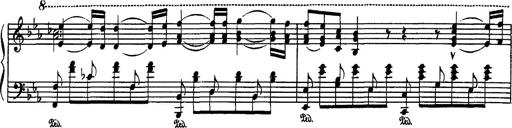
Title: Fantaisie sur des motifs favoris de l'opÃ©ra 'La sonnambula'
Composer: Franz Liszt